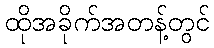
ထိုအခိုက်အတန့်တွင်